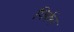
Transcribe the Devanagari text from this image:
पिर्कर